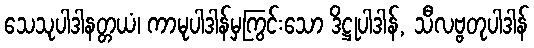
သေသုပါဒါနတ္တယံ၊ ကာမုပါဒါန်မှကြွင်းသော ဒိဋ္ဌုပါဒါန်, သီလဗ္ဗတုပါဒါန်